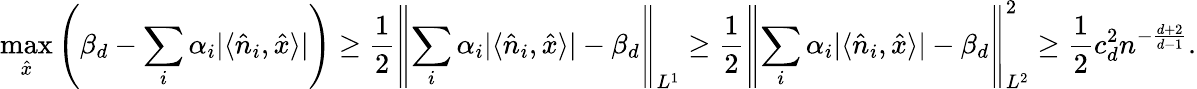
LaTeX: \operatorname*{max}_{\hat{x}}\left(\beta_{d}-\sum_{i}\alpha_{i}|\langle\hat{n}_{i},\hat{x}\rangle|\right)\ge\frac{1}{2}\left\lVert\sum_{i}\alpha_{i}|\langle\hat{n}_{i},\hat{x}\rangle|-\beta_{d}\right\rVert_{L^{1}}\ge\frac{1}{2}\left\lVert\sum_{i}\alpha_{i}|\langle\hat{n}_{i},\hat{x}\rangle|-\beta_{d}\right\rVert_{L^{2}}^{2}\ge\frac{1}{2}c_{d}^{2}n^{-\frac{d+2}{d-1}}.